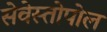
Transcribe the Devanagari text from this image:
सेवेस्तोपोल